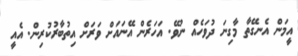
އީމަން އެނގޭތާ މާގިނަ ދުވަހެއް ނުވޭ. އަހަރެން އޭނައަށް ވަރަށް އިތުބާރުކުރިން. އެއީ